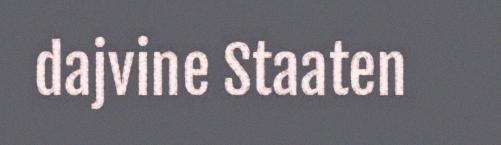
dajvine Staaten